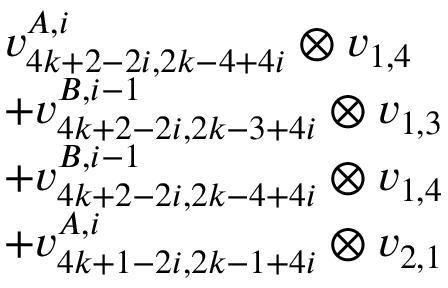
\begin{array} { r l } & { v _ { 4 k + 2 - 2 i , 2 k - 4 + 4 i } ^ { A , i } \otimes v _ { 1 , 4 } } \\ & { + v _ { 4 k + 2 - 2 i , 2 k - 3 + 4 i } ^ { B , i - 1 } \otimes v _ { 1 , 3 } } \\ & { + v _ { 4 k + 2 - 2 i , 2 k - 4 + 4 i } ^ { B , i - 1 } \otimes v _ { 1 , 4 } } \\ & { + v _ { 4 k + 1 - 2 i , 2 k - 1 + 4 i } ^ { A , i } \otimes v _ { 2 , 1 } } \end{array}